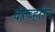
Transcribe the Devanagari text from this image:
वोल्व्हरीन